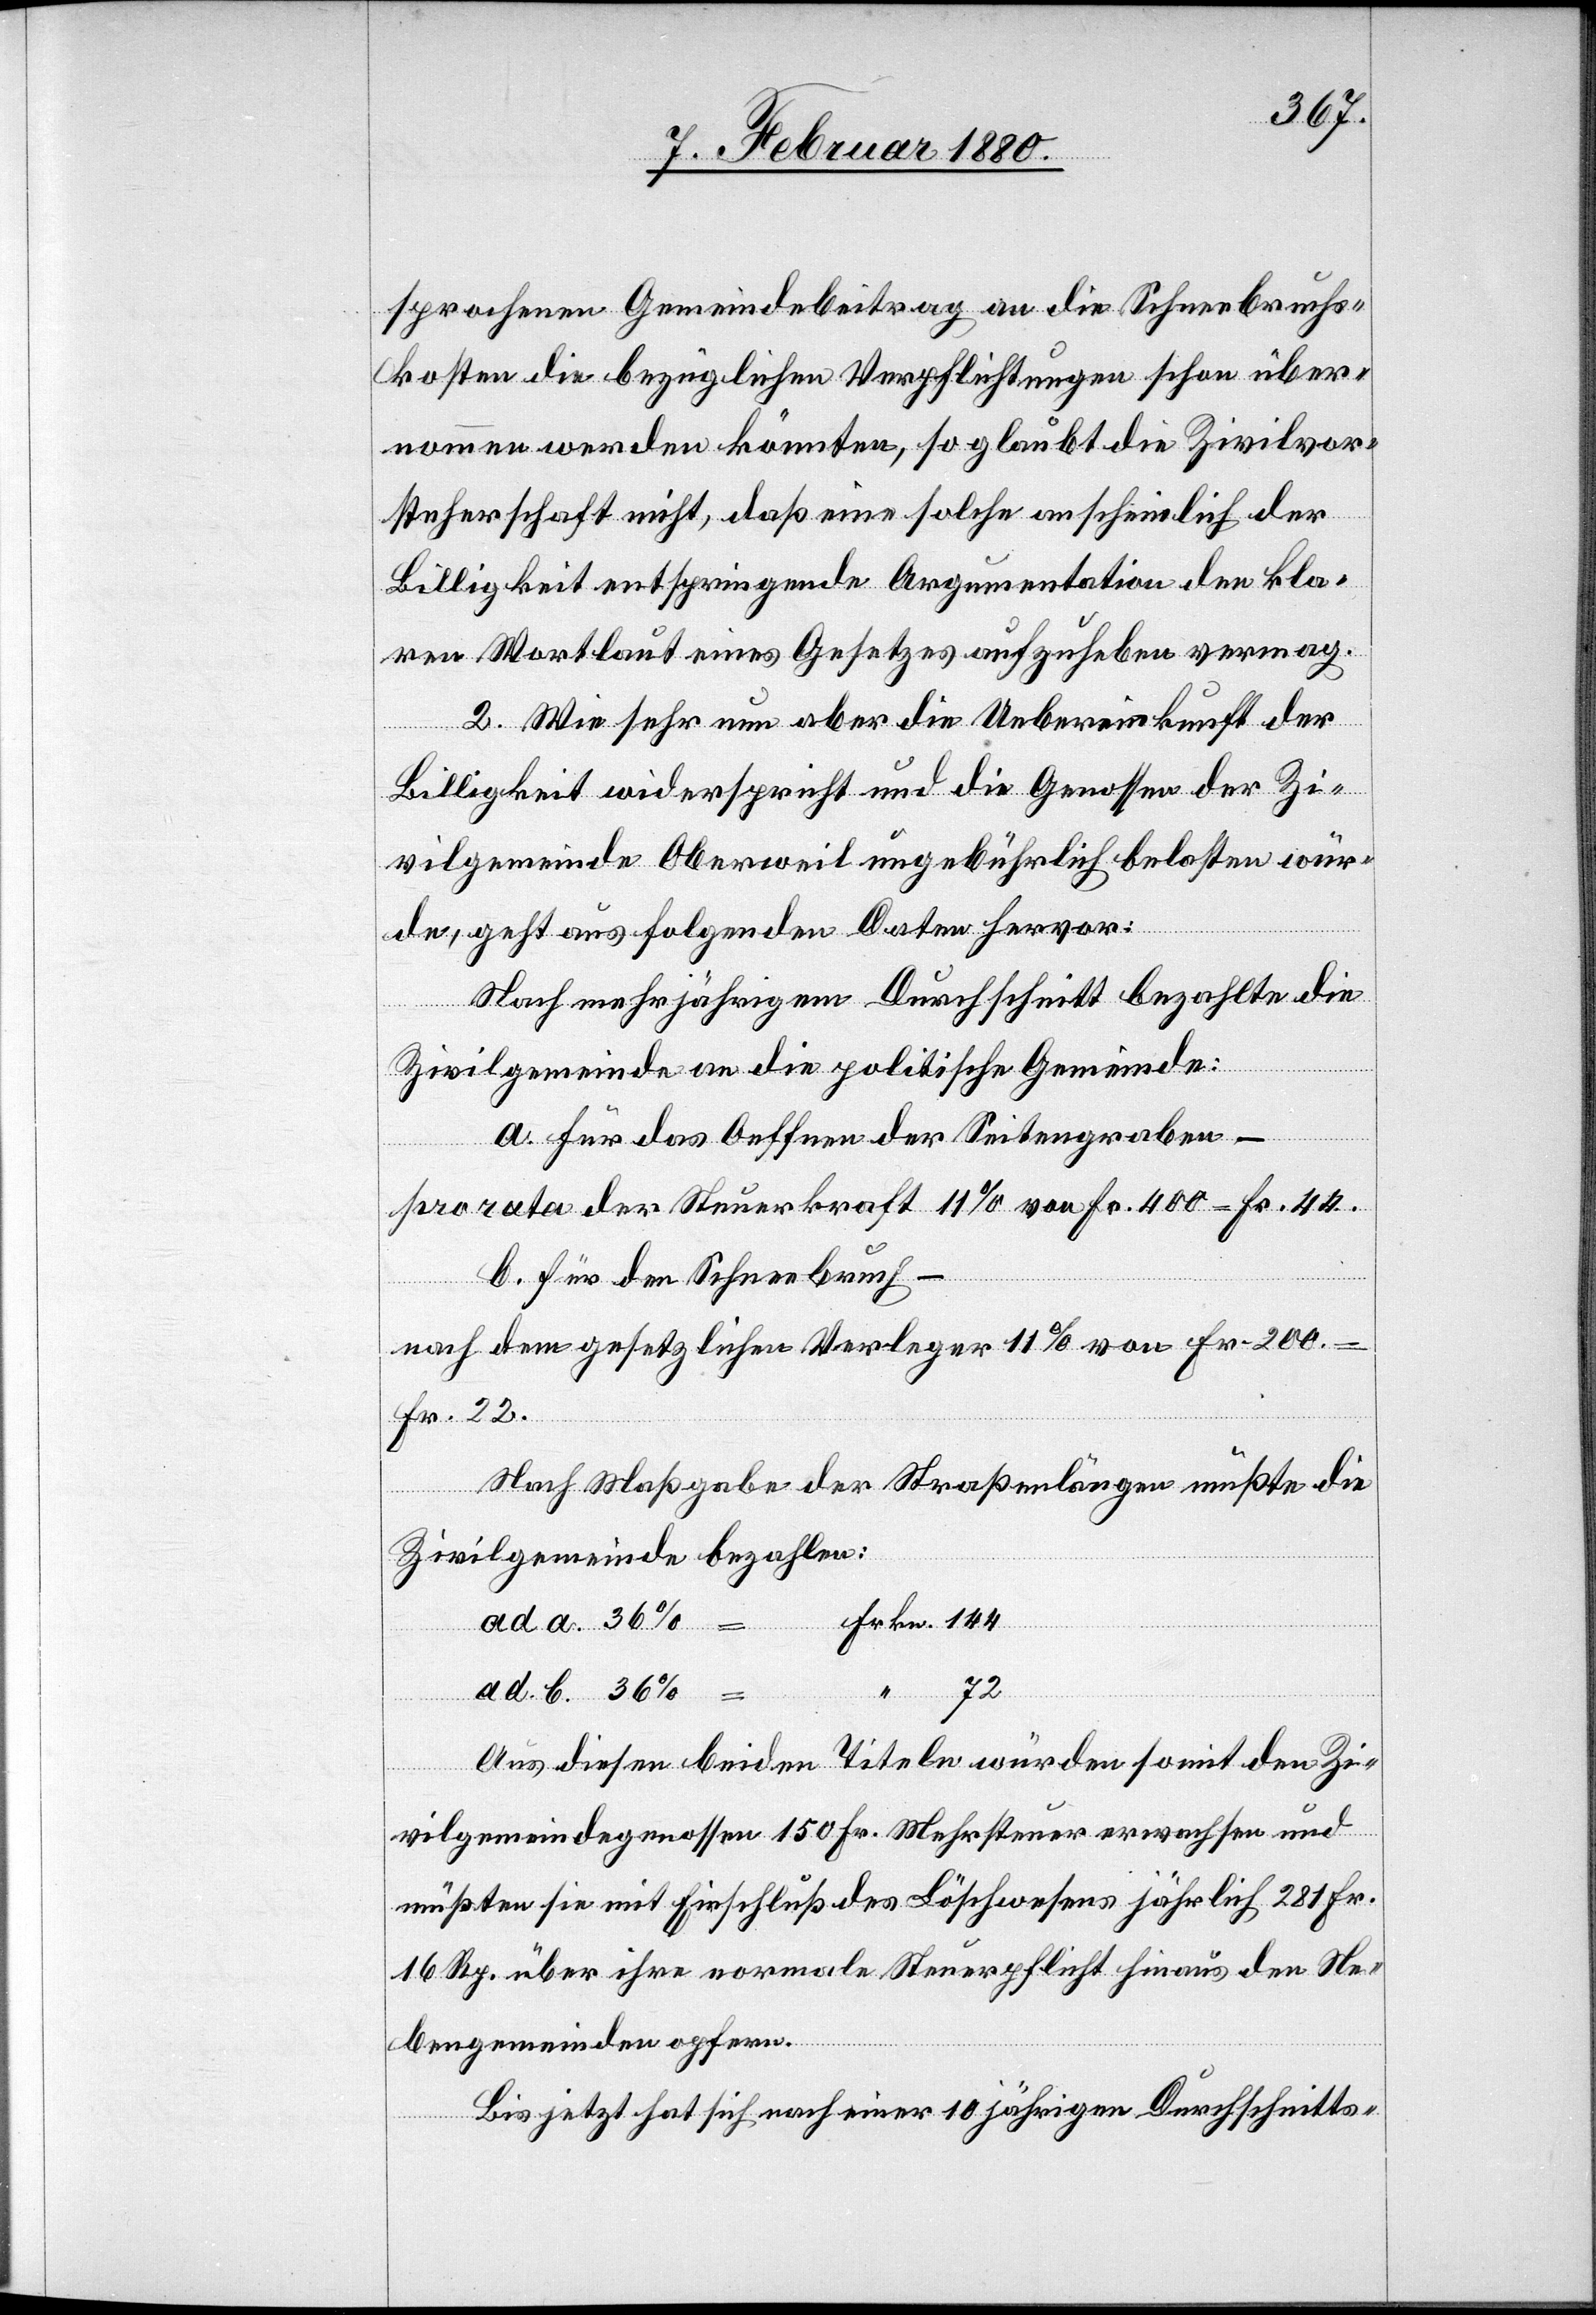
sprochenen Gemeindebeitrag an die Schneebruchs¬
kosten die bezüglichen Verpflichtungen schon über¬
nommen werden könnten, so glaubt die Zivilvor¬
steherschaft nicht, daß eine solche anscheinlich der
Billigkeit entspringende Argumentation den kla¬
ren Wortlaut eines Gesetzes aufzuheben vermag.
2. Wie sehr nun aber die Uebereinkunft der
Billigkeit widerspricht und die Genossen der Zi¬
vilgemeinde Oberweil ungebührlich belasten wür¬
de, geht aus folgenden Daten hervor:
Nach mehrjährigem Durchschnitt bezahlte die
Zivilgemeinde an die politische Gemeinde:
a. für das Oeffnen der Seitengraben –
pro rata der Steuerkraft 11% von Fr. 400 = Fr. 44.
b. für den Schneebruch –
nach dem gesetzlichen Vorleger 11 & von Fr. 200.
Fr. 22.
Nach Maßgabe der Straßenlängen müßte die
Zivilgemeinde bezahlen:
Frkn. 144
ad. a. 36%
72
ad. b. 36%
Aus diesen beiden Titeln würden somit den Zi¬
vilgemeindegenossen 150 Fr. Mehrsteuer erwachsen und
müßten sie mit Einschluß des Löschwesens jährlich 281 Fr.
16 Rp. über ihre normale Steuerpflicht hinaus den Ne¬
bengemeinden opfern.
Bis jetzt hat sich nach einer 10 jährigen Durchschnitts-